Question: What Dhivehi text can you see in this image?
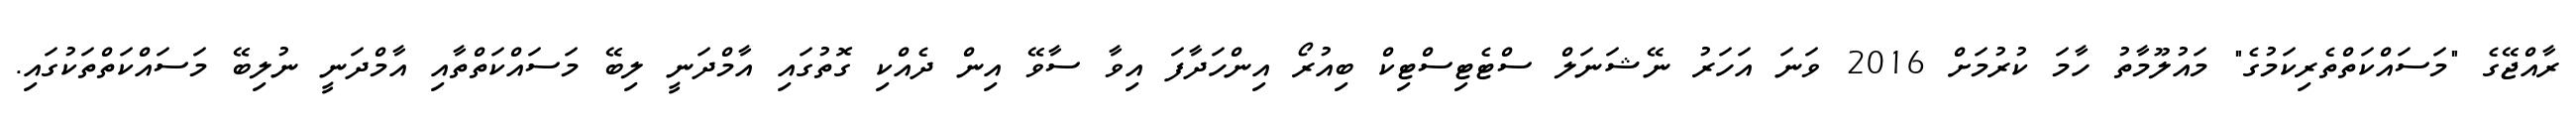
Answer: ރާއްޖޭގެ "މަސައްކަތްތެރިކަމުގެ" މައުލޫމާތު ހާމަ ކުރުމަށް 2016 ވަނަ އަހަރު ނޭޝަނަލް ސްޓެޓިސްޓިކް ބިއުރޯ އިންހަދާފަ އިވާ ސާވޭ އިން ދެއްކި ގޮތުގައި އާމްދަނީ ލިބޭ މަސައްކަތްތާއި އާމްދަނީ ނުލިބޭ މަސައްކަތްތަކުގައި.